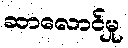
ဆာလောင်မှု